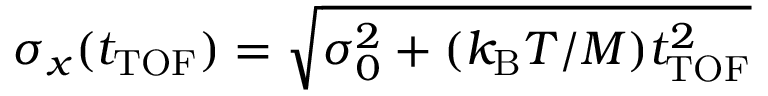
\sigma _ { x } ( t _ { \mathrm { T O F } } ) = \sqrt { \sigma _ { 0 } ^ { 2 } + ( k _ { \mathrm { B } } T / M ) t _ { \mathrm { T O F } } ^ { 2 } }